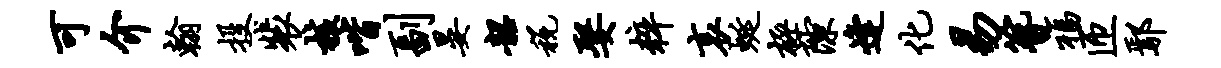
可介翰投裴核喈副晏韶税娶粹哀蜒极隙逢化易簪福匝鄢